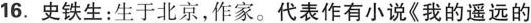
16.史铁生：生于北京，作家。代表作有小说《我的遥远的